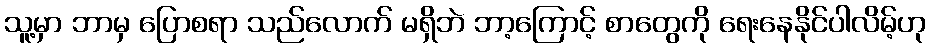
သူ့မှာ ဘာမှ ပြောစရာ သည်လောက် မရှိဘဲ ဘာ့ကြောင့် စာတွေကို ရေးနေနိုင်ပါလိမ့်ဟု